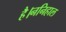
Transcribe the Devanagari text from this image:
है।ननिहाल